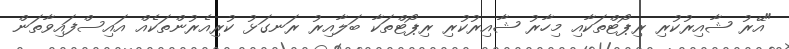
"އޭރު ޝާއިރުކުރި ރިޕޯޓްތަކާއި މިހާރު ޝާއިރުކުރި ރިޕޯޓްތަކާ ބަލާއިރު ރަނގަޅު ކުރިއެރުންތަކެއް އައިސްފައިވާތަން